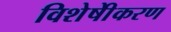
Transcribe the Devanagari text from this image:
विशेषीेकरण